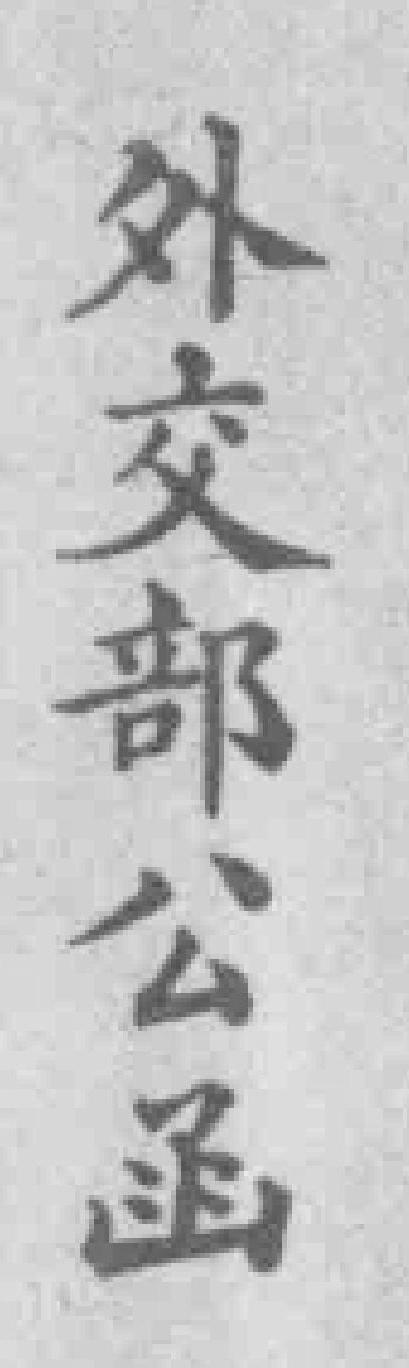
外交部公函